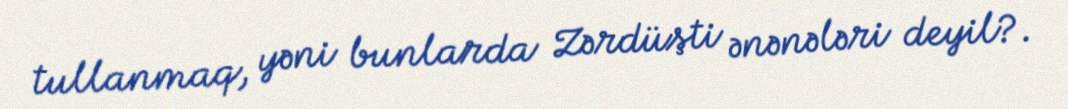
tullanmaq, yəni bunlarda Zərdüşti ənənələri deyil?.